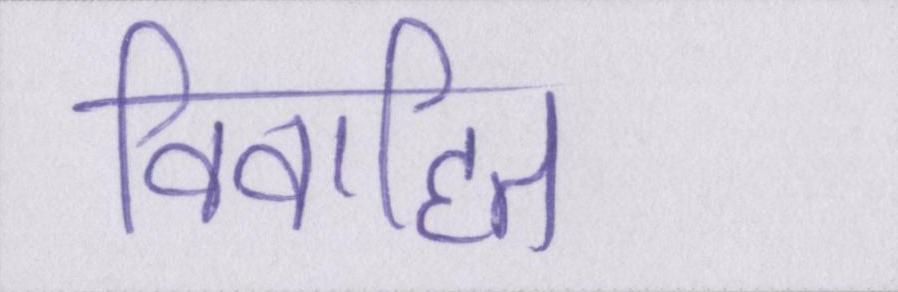
विवाहित